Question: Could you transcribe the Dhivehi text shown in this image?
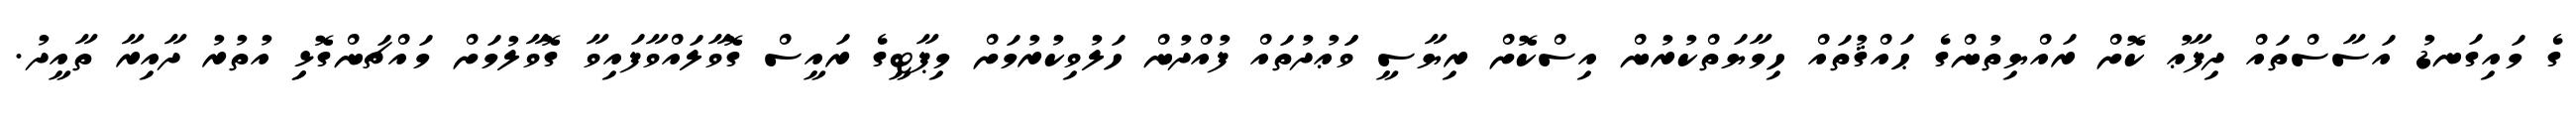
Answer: ގެ މައިގަނޑު އަސާސްތައް ދިފާޢު ކޮށް ރައްޔިތުންގެ ޙައްޤުތައް ހިމާޔަތްކުރުން އިސްކޮށް ރިޔާސީ ވަަޢުދުތައް ފުއްދުން ހަލުވިކުރުމަށް މިޕާޓީގެ ރައީސް ގޮވާލައްވާފައިވާ ގޮވާލުމަށް މައްޗަންގޮޅިި އުތުރު ދާއިރާ ތާއީދު.